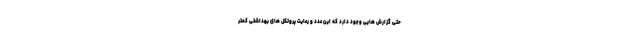
حتی گزارش هایی وجود دارد که این عدد و رعایت پروتکل های بهداشتی کمتر